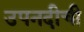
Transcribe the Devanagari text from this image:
उपनदीची